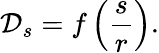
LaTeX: \mathcal{D}_{s}=f\left(\frac{s}{r}\right).